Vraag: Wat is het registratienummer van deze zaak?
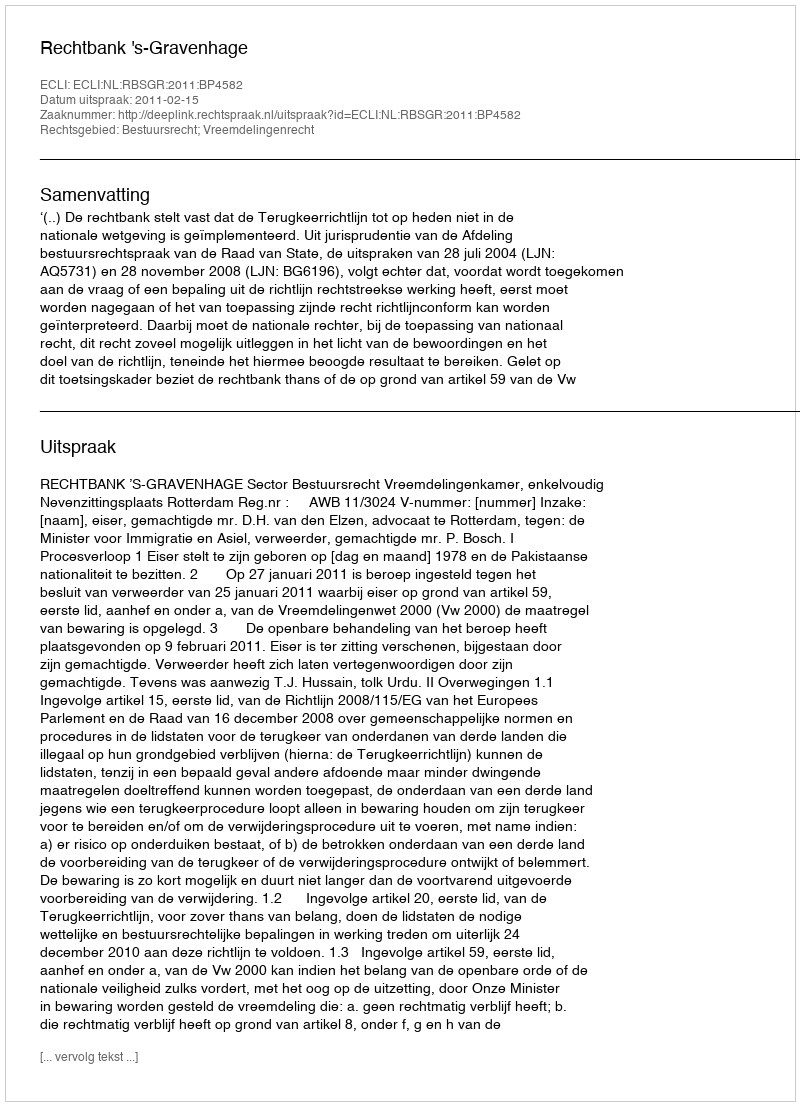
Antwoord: http://deeplink.rechtspraak.nl/uitspraak?id=ECLI:NL:RBSGR:2011:BP4582